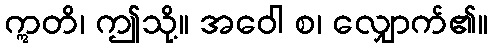
ဣတိ၊ ဤသို့။ အဝေါ စ၊ လျှောက်၏။